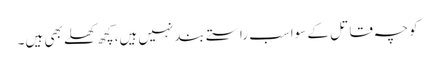
کوچہ قاتل کے سواسب راستے بندنہیں ہیں،کچھ کھلے بھی ہیں۔